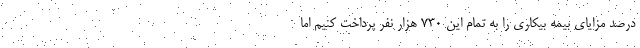
درصد مزایای بیمه بیکاری را به تمام این ۷۳۰ هزار نفر پرداخت کنیم اما